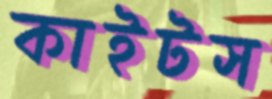
কাইটস